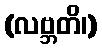
(လဗ္ဘတိ၊)